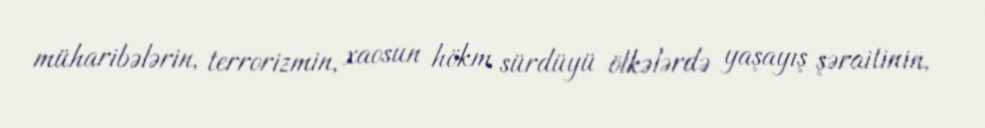
müharibələrin, terrorizmin, xaosun hökm sürdüyü ölkələrdə yaşayış şəraitinin,